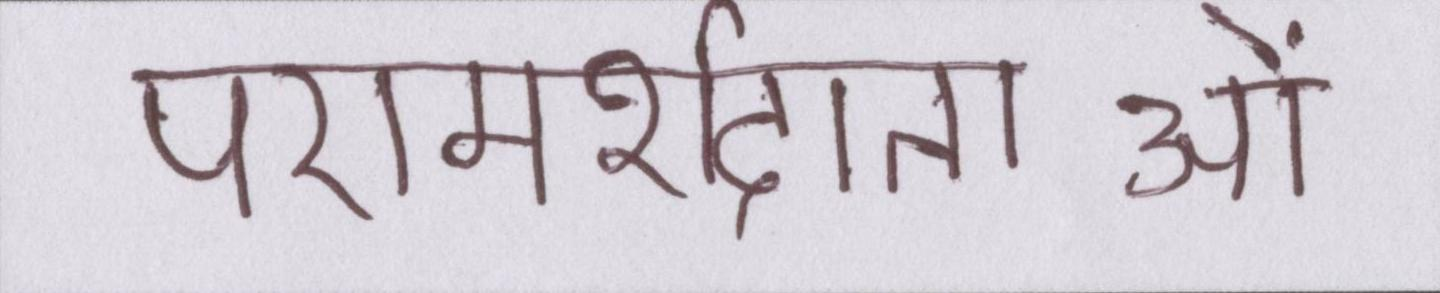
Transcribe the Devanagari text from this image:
परामर्शदाताओं